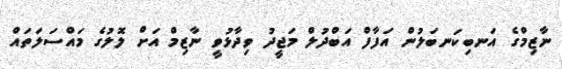
ނާޒިމްގެ އަނބިކަނބަލުން އަފާފް އަބްދުލް މަޖީދު ވިދާޅުވީ ނާޒިމް އަށް ލޮލުގެ މައްސަލަތައް